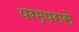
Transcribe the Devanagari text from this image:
परम्परासे